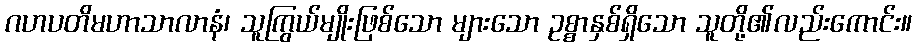
ဂဟပတိမဟာသာလာနံ၊ သူကြွယ်မျိုးဖြစ်သော များသော ဥစ္စာနှစ်ရှိသော သူတို့၏လည်းကောင်း။